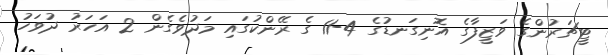
ޓީޗަރުންގެ ވަޒީފާގެ އޮނިގަނޑުގެ 4-11 ގެ ރޭންކުގައި މަދުވެގެން 2 އަހަރު ދުވަހު